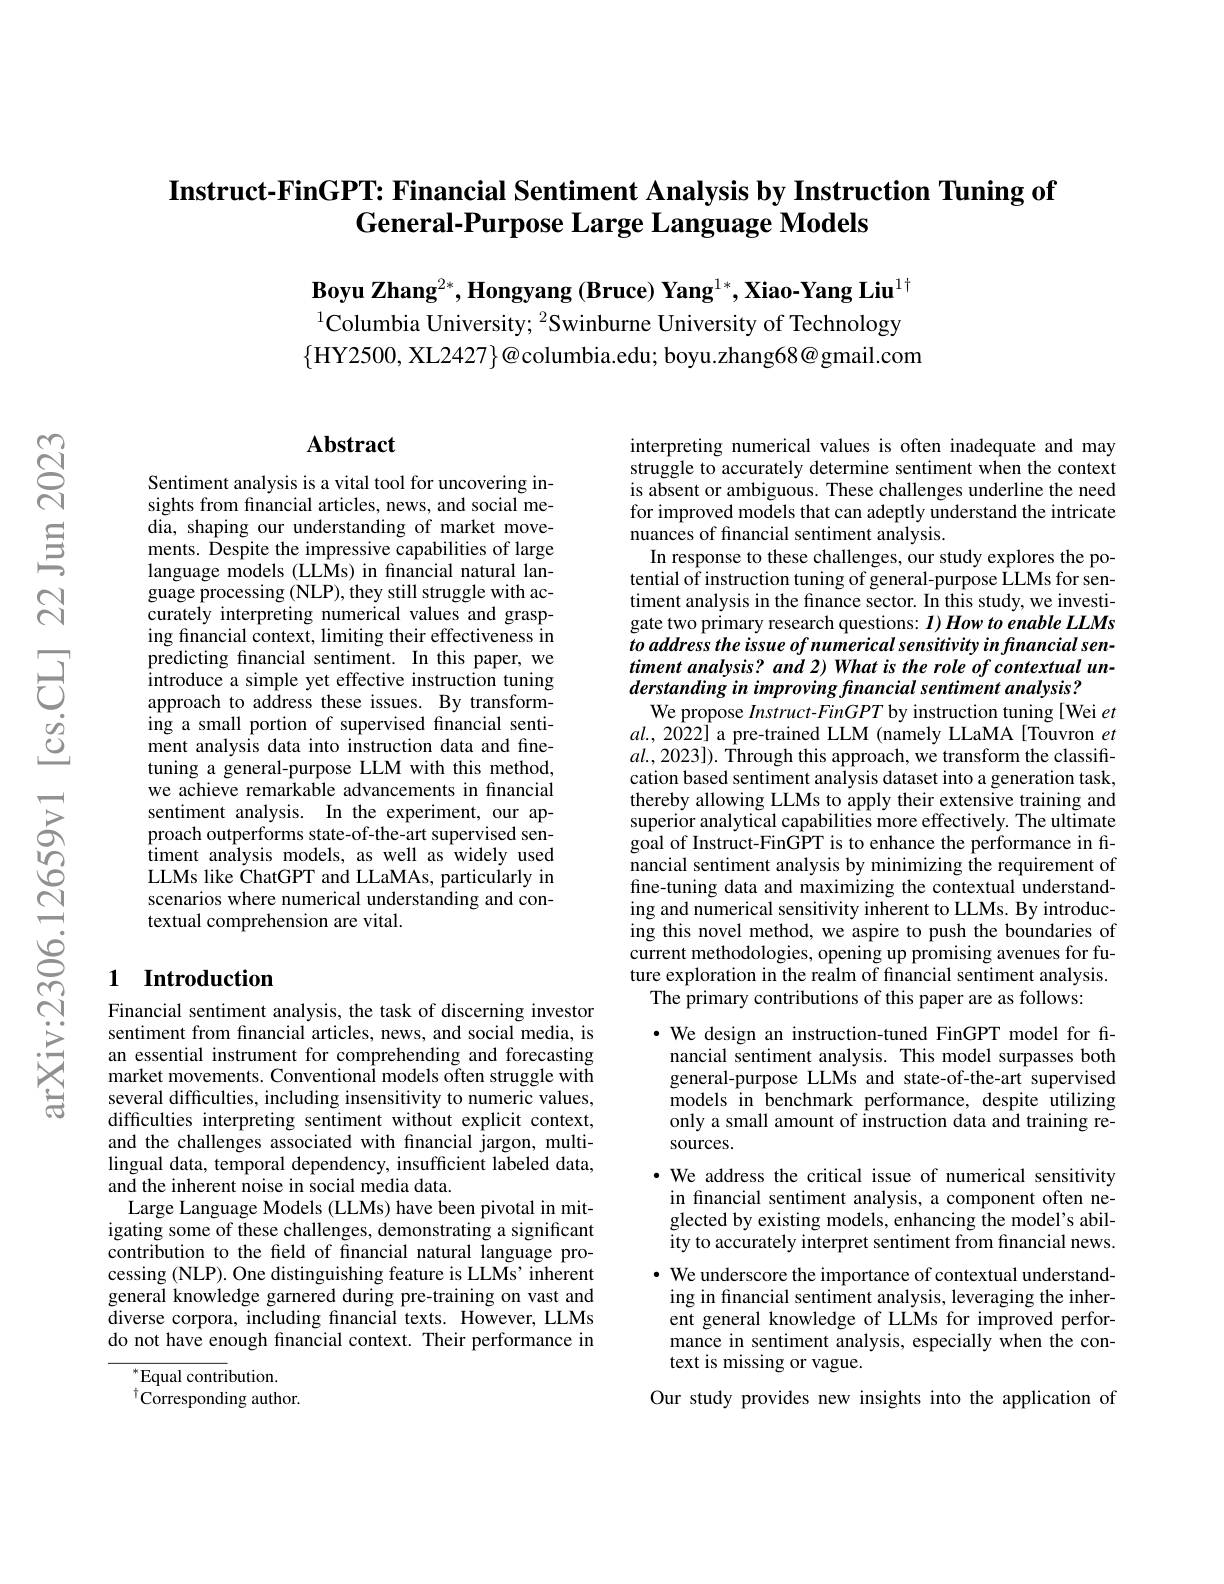
## Instruct-FinGPT: Financial Sentiment Analysis by Instruction Tuning of General-Purpose Large Language Models

Boyu Zhang$^2*$,Hongyang (Bruce) Yang$^1*,\textbf{Xiao-Yang Liu}^{1\dagger}$ $^{1}$Columbia University; $^{2}$Swinburne University of Technology $\{$HY2500, XL2427$\}@$columbia.edu; boyu.zhang68@gmail.com

## Abstract

Sentiment analysis is a vital tool for uncovering insights from financial articles, news, and social media, shaping our understanding of market movements. Despite the impressive capabilities of large language models (LLMs) in fnancial natural language processing (NLP), they still struggle with accurately interpreting numerical values and grasping fınancial context, limiting their effectiveness in predicting fnancial sentiment. In this paper, we introduce a simple yet effective instruction tuning approach to address these issues. By transforming a small portion of supervised financial sentiment analysis data into instruction data and finetuning a general-purpose LLM with this method, we achieve remarkable advancements in financial sentiment analysis. In the experiment, our approach outperforms state-of-the-art supervised sentiment analysis models, as well as widely used LLMs like ChatGPT and LLaMAs, particularly in scenarios where numerical understanding and contextual comprehension are vital.

### 1 Introduction

Financial sentiment analysis, the task of discerning investor sentiment from financial articles, news, and social media, is an essential instrument for comprehending and forecasting market movements. Conventional models often struggle with several difficulties, including insensitivity to numeric values, difficulties interpreting sentiment without explicit context, and the challenges associated with financial jargon, multilingual data, temporal dependency, insufficient labeled data, and the inherent noise in social media data.
Large Language Models (LLMs) have been pivotal in mitigating some of these challenges, demonstrating a significant contribution to the feld of financial natural language processing (NLP). One distinguishing feature is LLMs' inherent general knowledge garnered during pre-training on vast and diverse corpora, including financial texts. However, LLMs do not have enough financial context. Their performance in
$^*$Equal contribution.

$^{\dagger}{\mathrm{Corresponding~author.}}$

interpreting numerical values is often inadequate and may struggle to accurately determine sentiment when the context is absent or ambiguous. These challenges underline the need for improved models that can adeptly understand the intricate nuances of financial sentiment analysis.
In response to these challenges, our study explores the potential of instruction tuning of general-purpose LLMs for sentiment analysis in the finance sector. In this study, we investigate two primary research questions: $I) \textit{How to enable LLMs}$ to address the issue of numerical sensitivity in fnancial sentiment analysis? and 2) What is the role of contextual understanding in improving financial sentiment analysis?
We propose $Instruct-FinGPT$ by instruction tuning [Wei $et$ $al.,2022]$ a pre-trained LLM (namely LLaMA[Touvron et $al.,2023]).$ Through this approach, we transform the classification based sentiment analysis dataset into a generation task, thereby allowing LLMs to apply their extensive training and superior analytical capabilities more effectively. The ultimate goal of Instruct-FinGPT is to enhance the performance in financial sentiment analysis by minimizing the requirement of fine-tuning data and maximizing the contextual understanding and numerical sensitivity inherent to LLMs. By introducing this novel method, we aspire to push the boundaries of current methodologies, opening up promising avenues for future exploration in the realm of financial sentiment analysis. The primary contributions of this paper are as follows:

·We design an instruction-tuned FinGPT model for fi-
nancial sentiment analysis. This model surpasses both general-purpose LLMs and state-of-the-art supervised models in benchmark performance, despite utilizing only a small amount of instruction data and training resources.
·We address the critical issue of numerical sensitivity in financial sentiment analysis, a component often neglected by existing models, enhancing the model's ability to accurately interpret sentiment from financial news. $\cdot$ We underscore the importance of contextual understanding in financial sentiment analysis, leveraging the inherent general knowledge of LLMs for improved performance in sentiment analysis, especially when the context is missing or vague.

Our study provides new insights into the application of